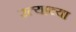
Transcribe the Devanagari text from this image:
रत्याच्या